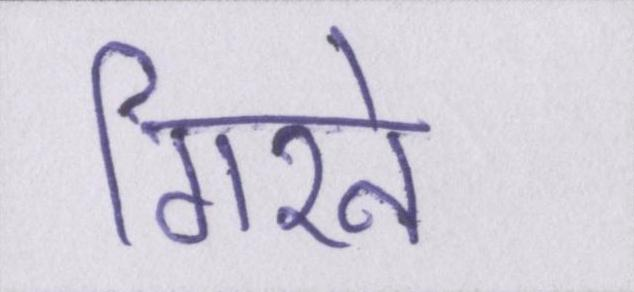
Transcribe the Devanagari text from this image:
गिरने